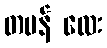
တမန် လေး